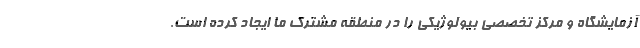
آزمایشگاه و مرکز تخصصی بیولوژیکی را در منطقه مشترک ما ایجاد کرده است.